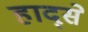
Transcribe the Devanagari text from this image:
हाद्से